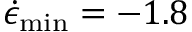
\dot { \epsilon } _ { \operatorname* { m i n } } = - 1 . 8